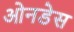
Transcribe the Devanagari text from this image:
ओनडेस